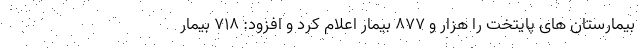
بیمارستان های پایتخت را هزار و ۸۷۷ بیمار اعلام کرد و افزود: ۷۱۸ بیمار